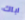
اباك